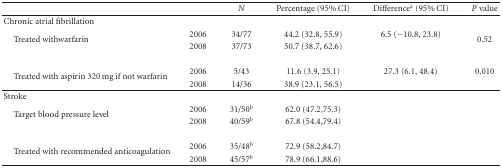
|  |  | N | Percentage (95% CI) | Differencea (95% CI) | P value |
 | --- | --- | --- | --- | --- | --- |
 | Chronic atrial fibrillation |  |  |  |  |  |
 | <ROWSPAN=2> Treated withwarfarin | 2006 | 34/77 | 44.2 (32.8, 55.9) | 6.5 (−10.8, 23.8) | <ROWSPAN=2> 0.52 |
 | 2008 | 37/73 | 50.7 (38.7, 62.6) |  |
 | <ROWSPAN=2> Treated with aspirin 320 mg if not warfarin | 2006 | 5/43 | 11.6 (3.9, 25.1) | 27.3 (6.1, 48.4) | 0.010 |
 | 2008 | 14/36 | 38.9 (23.1, 56.5) |  |  |
 | Stroke |  |  |  |  |  |
 | <ROWSPAN=2> Target blood pressure level | 2006 | 31/50b | 62.0 (47.2,75.3) |  |  |
 | 2008 | 40/59b | 67.8 (54.4,79.4) |  |  |
 | <ROWSPAN=2> Treated with recommended anticoagulation | 2006 | 35/48b | 72.9 (58.2,84.7) |  |  |
 | 2008 | 45/57b | 78.9 (66.1,88.6) |  |  |